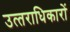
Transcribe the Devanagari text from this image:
उत्‍तराधिकारों